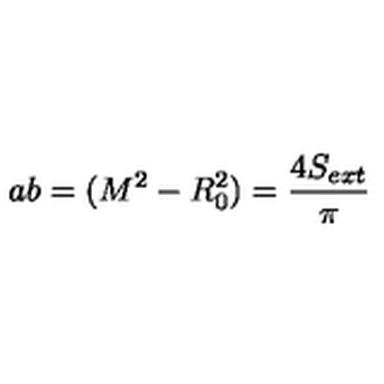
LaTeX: a b = ( M ^ { 2 } - R _ { 0 } ^ { 2 } ) = \frac { 4 S _ { e x t } } { \pi }